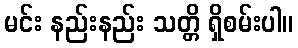
မင်း နည်းနည်း သတ္တိ ရှိစမ်းပါ။